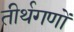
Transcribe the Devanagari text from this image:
तीर्थगणों